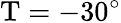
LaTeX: \mathrm{T=-30^{\circ}}